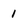
Character: 1